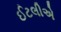
ઈટલીએ